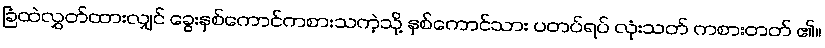
ခြံထဲလွှတ်ထားလျှင် ခွေးနှစ်ကောင်ကစားသကဲ့သို့ နှစ်ကောင်သား ပတပ်ရပ် လုံးသတ် ကစားတတ် ၏။